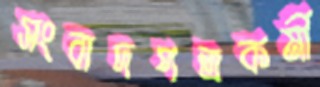
সংবাদপত্রকর্মী